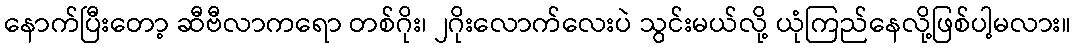
နောက်ပြီးတော့ ဆီဗီလာကရော တစ်ဂိုး၊ ၂ဂိုးလောက်လေးပဲ သွင်းမယ်လို့ ယုံကြည်နေလို့ဖြစ်ပါ့မလား။